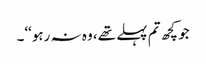
جو کچھ تم پہلے تھے، وہ نہ رہو‘‘۔